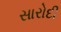
સારોદી